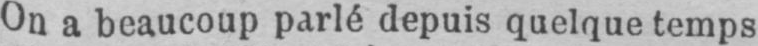
On a beaucoup parlé depuis quelque temps